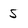
Character: 5